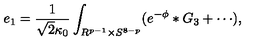
e _ { 1 } = \frac { 1 } { \sqrt { 2 } \kappa _ { 0 } } \int _ { R ^ { p - 1 } \times S ^ { 8 - p } } ( e ^ { - \phi } \ast G _ { 3 } + \cdots ) ,